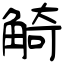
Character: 觭